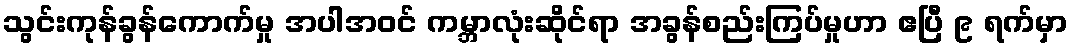
သွင်းကုန်ခွန်ကောက်မှု အပါအဝင် ကမ္ဘာလုံးဆိုင်ရာ အခွန်စည်းကြပ်မှုဟာ ဧပြီ ၉ ရက်မှာ